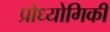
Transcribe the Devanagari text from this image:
प्रोध्योगिकी